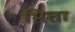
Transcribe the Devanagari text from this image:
भिता